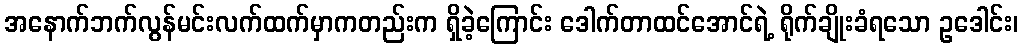
အနောက်ဘက်လွန်မင်းလက်ထက်မှာကတည်းက ရှိခဲ့ကြောင်း ဒေါက်တာထင်အောင်ရဲ့ ရိုက်ချိုးခံရသော ဥဒေါင်း၊